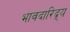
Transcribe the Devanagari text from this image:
भावदारिद्र्य